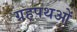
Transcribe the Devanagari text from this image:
ग्रहपथओं